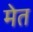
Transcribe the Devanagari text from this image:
मेत